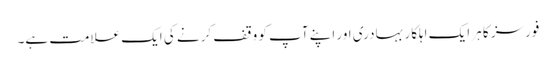
فورسز کا ہر ایک اہلکار بہادری اور اپنے آپ کو وقف کرنے کی ایک علامت ہے۔